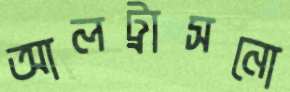
আলট্রাসনো